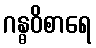
ဂန္ဓဝိစာရေ